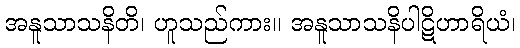
အနူသာသနိတိ၊ ဟူသည်ကား။ အနူသာသနိပါဋိဟာရိယံ၊